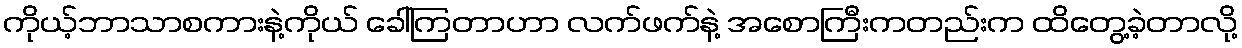
ကိုယ့်ဘာသာစကားနဲ့ကိုယ် ခေါ်ကြတာဟာ လက်ဖက်နဲ့ အစောကြီးကတည်းက ထိတွေ့ခဲ့တာလို့